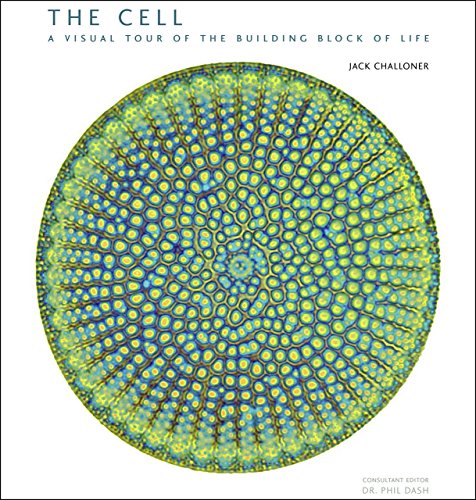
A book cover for The Cell: A Visual Tour of the Building Block of Life; Jack Challoner; Medical Books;